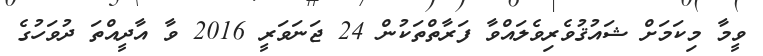
ވީމާ މިކަމަށް ޝައުޤުވެރިވެލައްވާ ފަރާތްތަކުން 24 ޖަނަވަރީ 2016 ވާ އާދީއްތަ ދުވަހުގެ